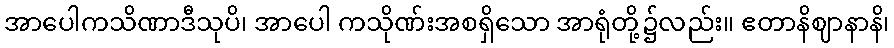
အာပေါကသိဏာဒီသုပိ၊ အာပေါ ကသိုဏ်းအစရှိသော အာရုံတို့၌လည်း။ ဧတာနိဈာနာနိ၊